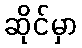
ဆိုင်မှာ